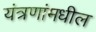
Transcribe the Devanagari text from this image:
यंत्रणांमधील